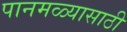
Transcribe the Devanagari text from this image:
पानमळ्यासाठी